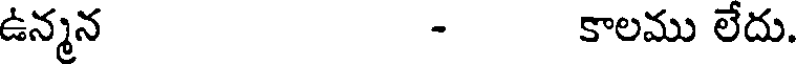
ఉన్మన - కాలము లేదు.